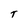
Character: T